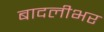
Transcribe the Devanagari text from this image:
बादलीभर